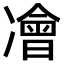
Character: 𠘎